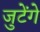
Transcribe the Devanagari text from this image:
जुटेंगे